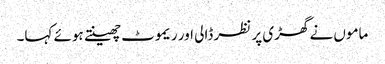
ماموں نے گھڑی پر نظر ڈالی اور ریموٹ چھینتے ہوئے کہا۔